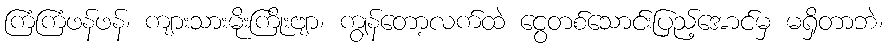
ကြံကြံဖန်ဖန်၊ ကျားသားမိုးကြိုးဗျာ၊ ကျွန်တော့လက်ထဲ ငွေတစ်သောင်းပြည့်အောင်မှ မရှိတာဘဲ၊